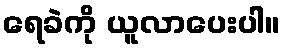
ရေခဲကို ယူလာပေးပါ။